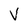
Character: V